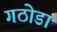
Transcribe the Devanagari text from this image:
गठोडा